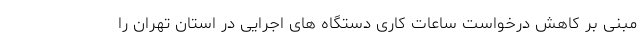
مبنی بر کاهش درخواست ساعات کاری دستگاه های اجرایی در استان تهران را